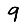
Digit: 9